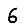
Digit: 6